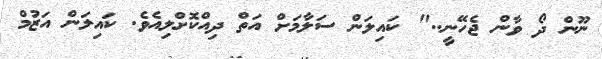
ނޫން ދޯ ވާން ޖެހޭނީ.." ކައިލަން ސަލާމަށް އަތް ދިއްކޮށްލިއެވެ. ކައިލަން އަޒުމް